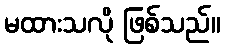
မထားသလို ဖြစ်သည်။